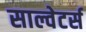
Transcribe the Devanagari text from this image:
साल्वेटर्स